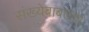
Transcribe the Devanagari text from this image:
संख्येबाबतचा